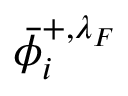
\bar { \phi } _ { i } ^ { + , \lambda _ { F } }